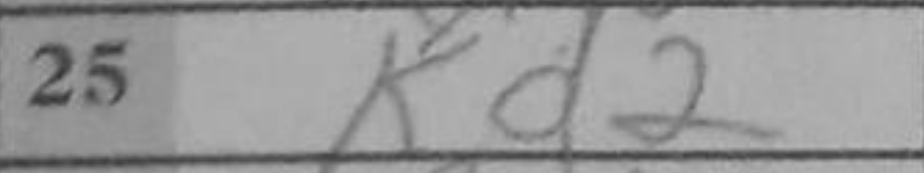
Transcription: Kd2